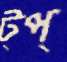
ট্প্